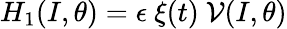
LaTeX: H_{1}(I,\theta)=\epsilon\ \xi(t)\ {\cal V}(I,\theta)